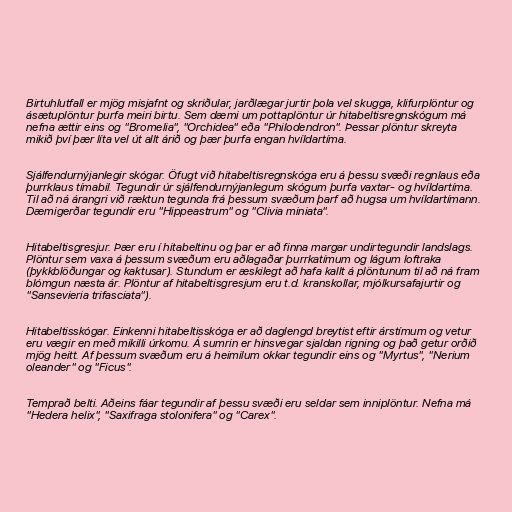
Birtuhlutfall er mjög misjafnt og skriðular, jarðlægar jurtir þola vel skugga, klifurplöntur og
ásætuplöntur þurfa meiri birtu. Sem dæmi um pottaplöntur úr hitabeltisregnskógum má
nefna ættir eins og "Bromelia", "Orchidea" eða "Philodendron". Þessar plöntur skreyta
mikið því þær líta vel út allt árið og þær þurfa engan hvíldartíma.

Sjálfendurnýjanlegir skógar. Öfugt við hitabeltisregnskóga eru á þessu svæði regnlaus eða
þurrklaus tímabil. Tegundir úr sjálfendurnýjanlegum skógum þurfa vaxtar- og hvíldartíma.
Til að ná árangri við ræktun tegunda frá þessum svæðum þarf að hugsa um hvíldartímann.
Dæmigerðar tegundir eru "Hippeastrum" og "Clivia miniata".

Hitabeltisgresjur. Þær eru í hitabeltinu og þar er að finna margar undirtegundir landslags.
Plöntur sem vaxa á þessum svæðum eru aðlagaðar þurrkatímum og lágum loftraka
(þykkblöðungar og kaktusar). Stundum er æskilegt að hafa kallt á plöntunum til að ná fram
blómgun næsta ár. Plöntur af hitabeltisgresjum eru t.d. kranskollar, mjólkursafajurtir og
"Sansevieria trifasciata").

Hitabeltisskógar. Einkenni hitabeltisskóga er að daglengd breytist eftir árstímum og vetur
eru vægir en með mikilli úrkomu. Á sumrin er hinsvegar sjaldan rigning og það getur orðið
mjög heitt. Af þessum svæðum eru á heimilum okkar tegundir eins og "Myrtus", "Nerium
oleander" og "Ficus".

Temprað belti. Aðeins fáar tegundir af þessu svæði eru seldar sem inniplöntur. Nefna má
"Hedera helix", "Saxifraga stolonifera" og "Carex".